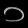
Digit: ၁